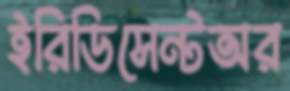
ইরিডিসেন্টঅর